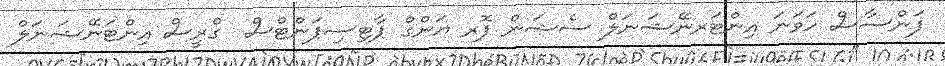
ފަންސާސް ހަވަނަ އިންޓަރނޭޝަނަލް ސެޝަން ފޮރ ޔަންގް ޕާޓިސިޕަންޓްސް  ގްރީސް އިންޓަނޭޝަނަލް